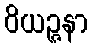
ဝိယဉ္ဇနာ